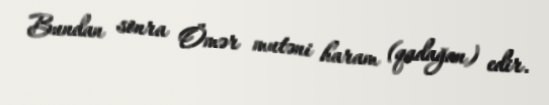
Bundan sonra Ömər mutəni haram (qadağan) edir.